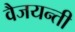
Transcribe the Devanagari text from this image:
वैजयन्‍ती